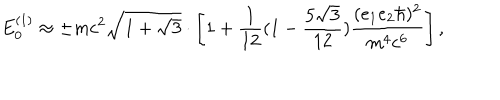
E _ { 0 } ^ { ( 1 ) } \approx \pm m c ^ { 2 } \sqrt { 1 + \sqrt { 3 } } \cdot \left[ 1 + \frac { 1 } { 1 2 } ( 1 - \frac { 5 \sqrt { 3 } } { 1 2 } ) \frac { ( e _ { 1 } e _ { 2 } { \hbar } ) ^ { 2 } } { m ^ { 4 } c ^ { 6 } } \right] ,